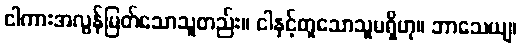
ငါကားအလွန်မြတ်သောသူတည်း။ ငါနှင့်တူသောသူမရှိဟု။ ဘာသေယျ၊